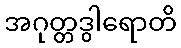
အဂုတ္တဒွါရောတိ